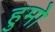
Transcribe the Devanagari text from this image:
हुमो